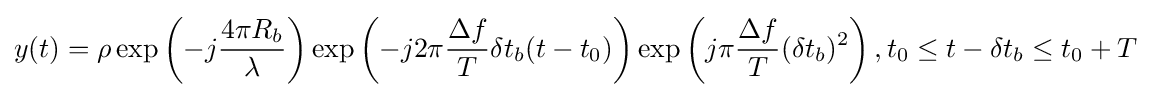
y(t)=\rho \exp \left(-j{\frac {4\pi R_{b}}{\lambda }}\right)\exp \left(-j2\pi {\frac {\Delta f}{T}}\delta t_{b}(t-t_{0})\right)\exp \left(j\pi {\frac {\Delta f}{T}}(\delta t_{b})^{2}\right),t_{0}\leq t-\delta t_{b}\leq t_{0}+T